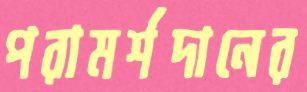
পরামর্শদানের